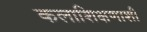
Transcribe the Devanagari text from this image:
कलाशिक्षणाशी